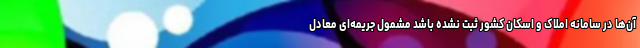
آن‌ها در سامانه املاک و اسکان کشور ثبت نشده باشد مشمول جریمه‌ای معادل